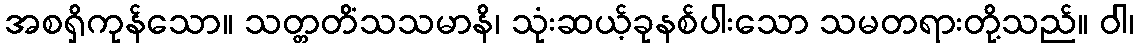
အစရှိကုန်သော။ သတ္တတိံသသမာနိ၊ သုံးဆယ့်ခုနစ်ပါးသော သမတရားတို့သည်။ ဝါ၊